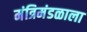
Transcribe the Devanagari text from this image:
मंत्रिमंडळाला